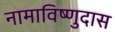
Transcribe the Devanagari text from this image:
नामाविष्णुदास